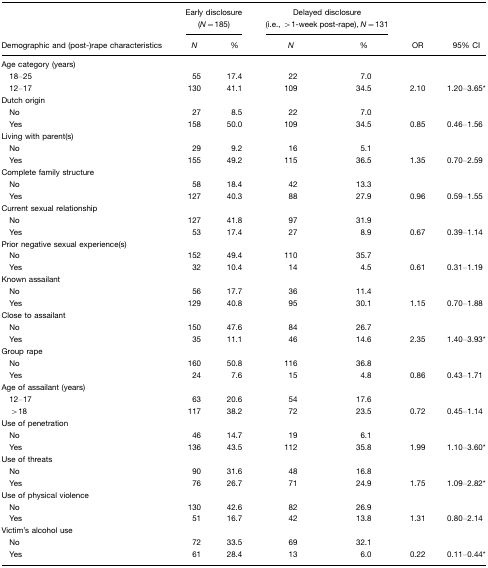
<table><thead><tr><td></td><td colspan="2"><b>Early disclosure (<i>N</i>=185)</b></td><td colspan="2"><b>Delayed disclosure (i.e., &gt;1-week post-rape), <i>N</i>=131</b></td><td></td><td></td></tr><tr><td><b>Demographic and (post-)rape characteristics</b></td><td><b><i>N</i></b></td><td><b>%</b></td><td><b><i>N</i></b></td><td><b>%</b></td><td><b>OR</b></td><td><b>95% CI</b></td></tr></thead><tbody><tr><td>Age category (years)</td><td></td><td></td><td></td><td></td><td></td><td></td></tr><tr><td> 18–25</td><td>55</td><td>17.4</td><td>22</td><td>7.0</td><td></td><td></td></tr><tr><td> 12–17</td><td>130</td><td>41.1</td><td>109</td><td>34.5</td><td>2.10</td><td>1.20–3.65*</td></tr><tr><td>Dutch origin</td><td></td><td></td><td></td><td></td><td></td><td></td></tr><tr><td> No</td><td>27</td><td>8.5</td><td>22</td><td>7.0</td><td></td><td></td></tr><tr><td> Yes</td><td>158</td><td>50.0</td><td>109</td><td>34.5</td><td>0.85</td><td>0.46–1.56</td></tr><tr><td>Living with parent(s)</td><td></td><td></td><td></td><td></td><td></td><td></td></tr><tr><td> No</td><td>29</td><td>9.2</td><td>16</td><td>5.1</td><td></td><td></td></tr><tr><td> Yes</td><td>155</td><td>49.2</td><td>115</td><td>36.5</td><td>1.35</td><td>0.70–2.59</td></tr><tr><td>Complete family structure</td><td></td><td></td><td></td><td></td><td></td><td></td></tr><tr><td> No</td><td>58</td><td>18.4</td><td>42</td><td>13.3</td><td></td><td></td></tr><tr><td> Yes</td><td>127</td><td>40.3</td><td>88</td><td>27.9</td><td>0.96</td><td>0.59–1.55</td></tr><tr><td>Current sexual relationship</td><td></td><td></td><td></td><td></td><td></td><td></td></tr><tr><td> No</td><td>127</td><td>41.8</td><td>97</td><td>31.9</td><td></td><td></td></tr><tr><td> Yes</td><td>53</td><td>17.4</td><td>27</td><td>8.9</td><td>0.67</td><td>0.39–1.14</td></tr><tr><td>Prior negative sexual experience(s)</td><td></td><td></td><td></td><td></td><td></td><td></td></tr><tr><td> No</td><td>152</td><td>49.4</td><td>110</td><td>35.7</td><td></td><td></td></tr><tr><td> Yes</td><td>32</td><td>10.4</td><td>14</td><td>4.5</td><td>0.61</td><td>0.31–1.19</td></tr><tr><td>Known assailant</td><td></td><td></td><td></td><td></td><td></td><td></td></tr><tr><td> No</td><td>56</td><td>17.7</td><td>36</td><td>11.4</td><td></td><td></td></tr><tr><td> Yes</td><td>129</td><td>40.8</td><td>95</td><td>30.1</td><td>1.15</td><td>0.70–1.88</td></tr><tr><td>Close to assailant</td><td></td><td></td><td></td><td></td><td></td><td></td></tr><tr><td> No</td><td>150</td><td>47.6</td><td>84</td><td>26.7</td><td></td><td></td></tr><tr><td> Yes</td><td>35</td><td>11.1</td><td>46</td><td>14.6</td><td>2.35</td><td>1.40–3.93*</td></tr><tr><td>Group rape</td><td></td><td></td><td></td><td></td><td></td><td></td></tr><tr><td> No</td><td>160</td><td>50.8</td><td>116</td><td>36.8</td><td></td><td></td></tr><tr><td> Yes</td><td>24</td><td>7.6</td><td>15</td><td>4.8</td><td>0.86</td><td>0.43–1.71</td></tr><tr><td>Age of assailant (years)</td><td></td><td></td><td></td><td></td><td></td><td></td></tr><tr><td> 12–17</td><td>63</td><td>20.6</td><td>54</td><td>17.6</td><td></td><td></td></tr><tr><td> &gt;18</td><td>117</td><td>38.2</td><td>72</td><td>23.5</td><td>0.72</td><td>0.45–1.14</td></tr><tr><td>Use of penetration</td><td></td><td></td><td></td><td></td><td></td><td></td></tr><tr><td> No</td><td>46</td><td>14.7</td><td>19</td><td>6.1</td><td></td><td></td></tr><tr><td> Yes</td><td>136</td><td>43.5</td><td>112</td><td>35.8</td><td>1.99</td><td>1.10–3.60*</td></tr><tr><td>Use of threats</td><td></td><td></td><td></td><td></td><td></td><td></td></tr><tr><td> No</td><td>90</td><td>31.6</td><td>48</td><td>16.8</td><td></td><td></td></tr><tr><td> Yes</td><td>76</td><td>26.7</td><td>71</td><td>24.9</td><td>1.75</td><td>1.09–2.82*</td></tr><tr><td>Use of physical violence</td><td></td><td></td><td></td><td></td><td></td><td></td></tr><tr><td> No</td><td>130</td><td>42.6</td><td>82</td><td>26.9</td><td></td><td></td></tr><tr><td> Yes</td><td>51</td><td>16.7</td><td>42</td><td>13.8</td><td>1.31</td><td>0.80–2.14</td></tr><tr><td>Victim&#x27;s alcohol use</td><td></td><td></td><td></td><td></td><td></td><td></td></tr><tr><td> No</td><td>72</td><td>33.5</td><td>69</td><td>32.1</td><td></td><td></td></tr><tr><td> Yes</td><td>61</td><td>28.4</td><td>13</td><td>6.0</td><td>0.22</td><td>0.11–0.44*</td></tr></tbody></table>